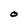
Character: O